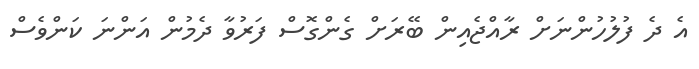
އެ ދެ ފުލުހުންނަށް ރާއްޖެއިން ބޭރަށް ގެންގޮސް ފަރުވާ ދެމުން އަންނަ ކަންވެސް